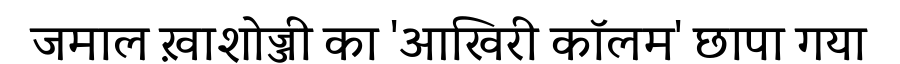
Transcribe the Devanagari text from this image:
जमाल ख़ाशोज्जी का 'आखिरी कॉलम' छापा गया